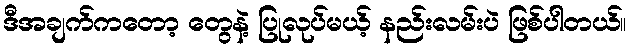
ဒီအချက်ကတော့ တွေနဲ့ ပြုလုပ်မယ့် နည်းလမ်းပဲ ဖြစ်ပါတယ်။